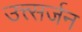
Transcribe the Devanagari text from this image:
उत्त्सर्जन